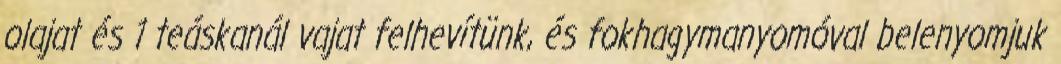
olajat és 1 teáskanál vajat felhevítünk, és fokhagymanyomóval belenyomjuk